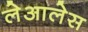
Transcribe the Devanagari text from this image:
लेआलेस